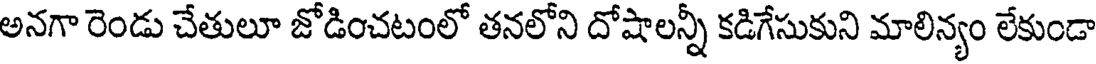
అనగా రెండు చేతులూ జోడించటంలో తనలోని దోషాలన్నీ కడిగేసుకుని మాలిన్యం లేకుండా